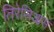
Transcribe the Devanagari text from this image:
तिरेसिआस